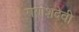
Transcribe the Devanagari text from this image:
गणेशदेवी